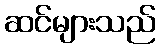
ဆင်များသည်